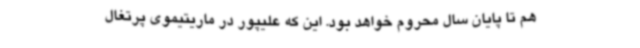
هم تا پایان سال محروم خواهد بود. این که علیپور در ماریتیموی پرتغال